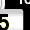
Digit: 5